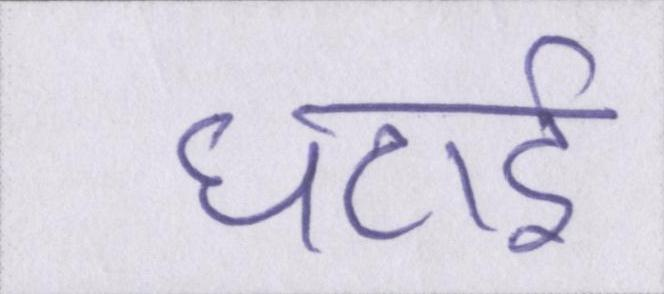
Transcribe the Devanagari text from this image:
घटाई